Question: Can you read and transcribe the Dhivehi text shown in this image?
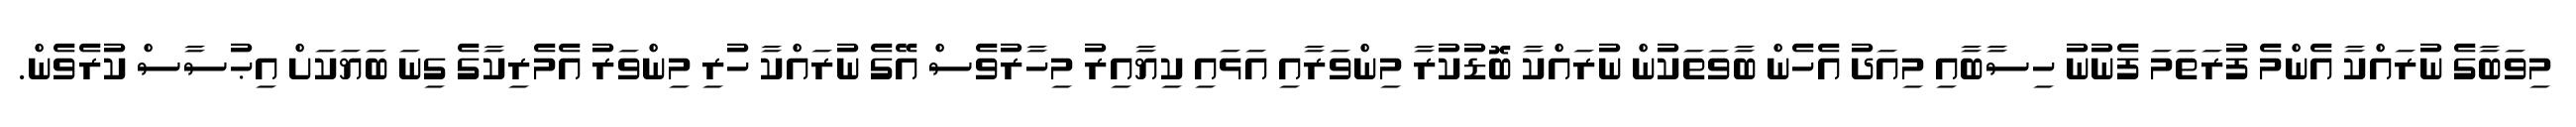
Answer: މިވަބާގެ ނުރައްކާ އެންމެ ފުރަތަމަ ފެނުނު ހިސާބާއި މިއަދު އެހެން ބާވަތަކުން ނުރައްކާ ބޮޑުކުރާ މިންވަރާއި އަޅައި ކިޔާއިރު މިހާރުވެސް އޭގެ ނުރައްކާ ހުރި މިންވަރު އެމެރިކާގެ ގިނަ ބަޔަކަށް އިޙުސާސް ކުރެވެން.